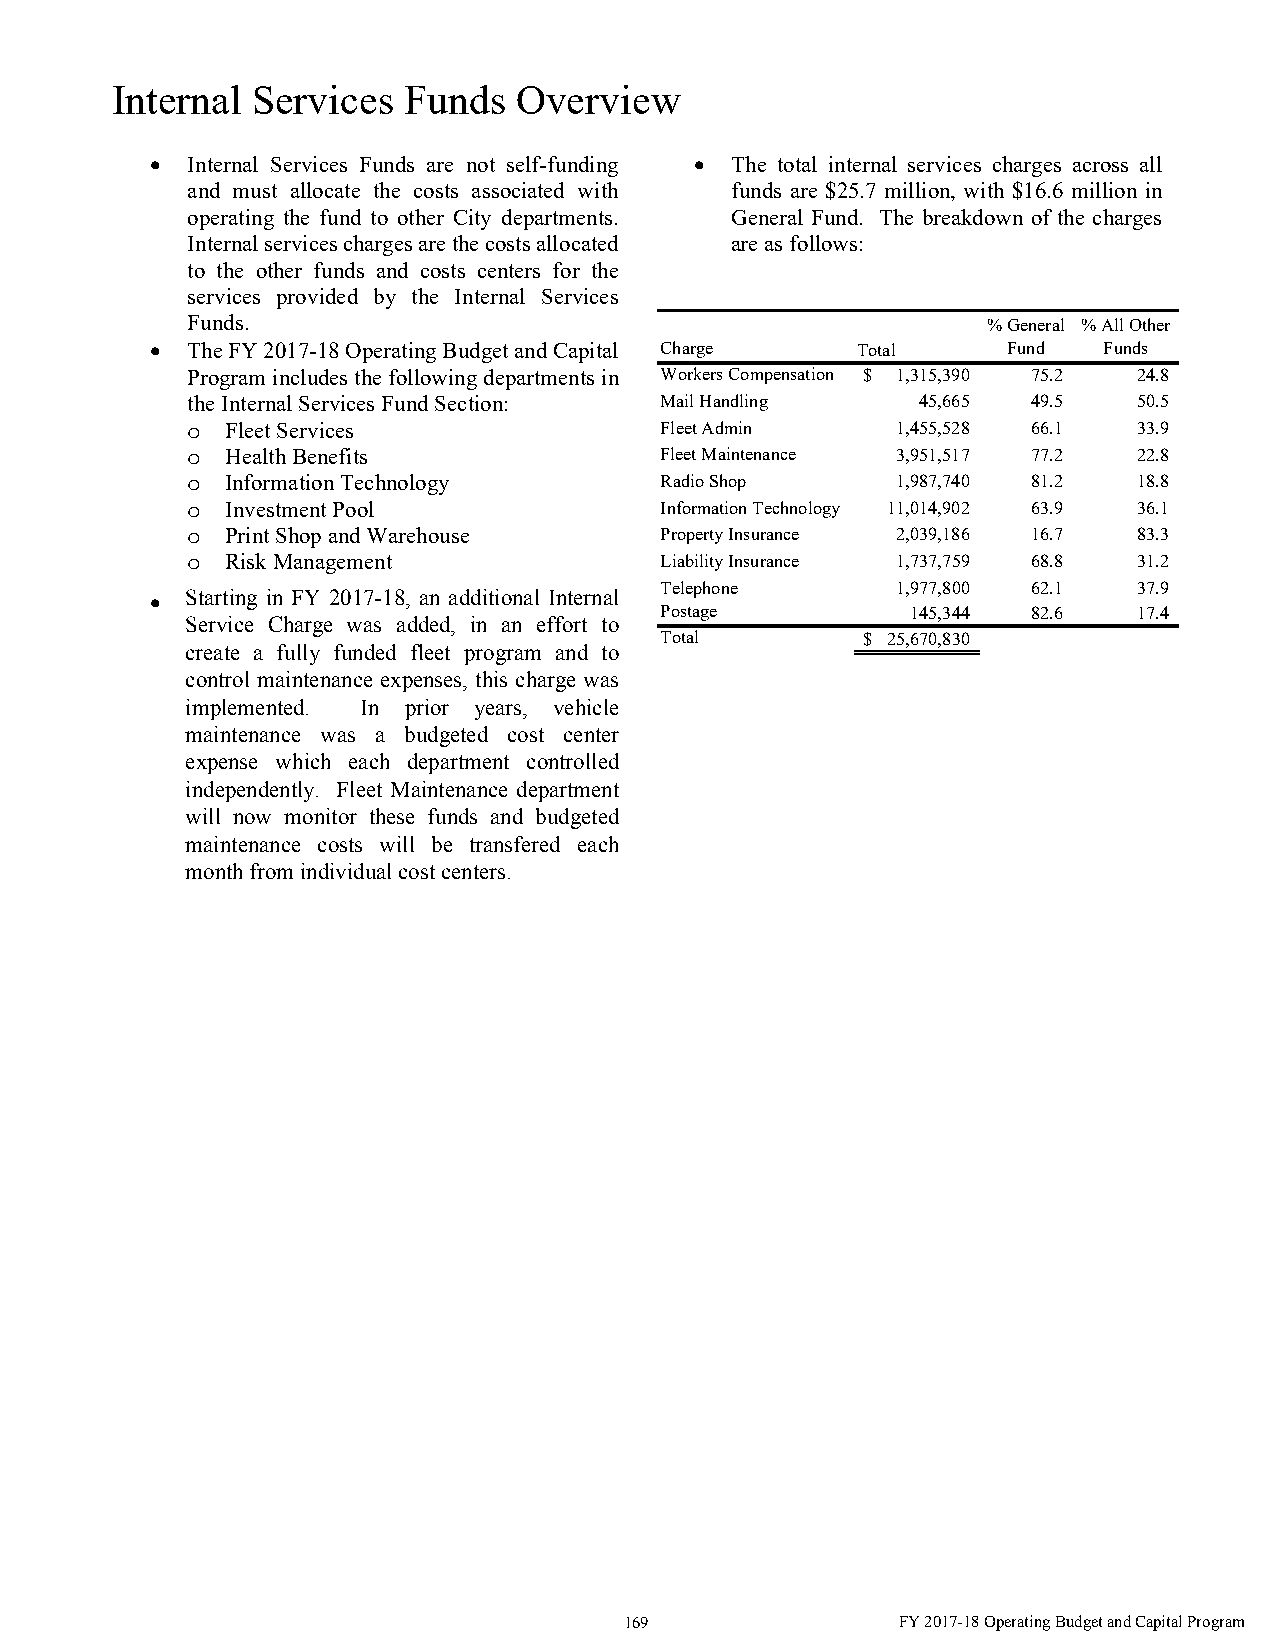
Internal  Services  Funds  Overview
  Internal Services Funds are not self-funding  The total internal services charges across all
 and must allocate the costs associated with funds are $25.7 million, with $16.6 million in
 operating the fund to other City departments. General Fund. The breakdown of the charges
 Internal services charges are the costs allocated are as follows:
 to the other funds and costs centers for the
 services provided by the Internal Services
 Funds.                                               % General % All Other
  The FY 2017-18 Operating Budget and Capital Charge Total Fund Funds
 Program includes the following departments in Workers Compensation $ 1,315,390 7 5.2 2 4.8
 the Internal Services Fund Section: Mail Handling 45,665 4 9.5 5 0.5
 o  Fleet Services               Fleet Admin    1,455,528 6 6.1 3 3.9
 o  Health Benefits              Fleet Maintenance 3,951,517 7 7.2 2 2.8
 o  Information Technology       Radio Shop     1,987,740 8 1.2 1 8.8
 o  Investment Pool              Information Technology 11,014,902 6 3.9 3 6.1
 o  Print Shop and Warehouse     Property Insurance 2,039,186 1 6.7 8 3.3
 o  Risk Management              Liability Insurance 1,737,759 6 8.8 3 1.2
 Telephone      1,977,800 6 2.1 3 7.9
 • Starting in FY 2017-18, an additional Internal
 Postage         145,344 8 2.6  1 7.4
 Service Charge was added, in an effort to
 Total        $ 25,670,830
 create a fully funded fleet program and to
 control maintenance expenses, this charge was
 implemented. In prior years, vehicle
 maintenance was a budgeted cost center
 expense which each department controlled
 independently. Fleet Maintenance department
 will now monitor these funds and budgeted
 maintenance costs will be transfered each
 month from individual cost centers.
 169                FY 2017-18 Operating Budget and Capital Program